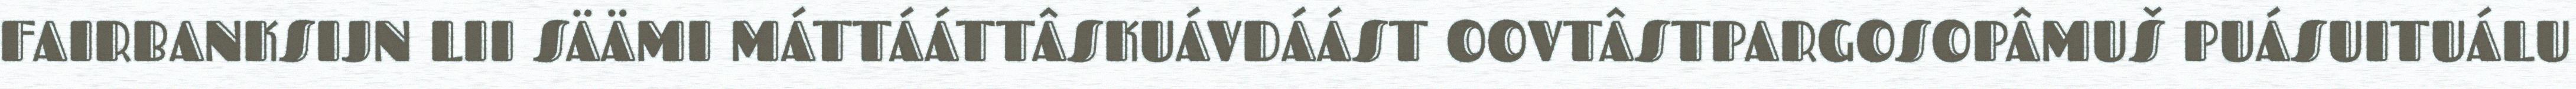
FAIRBANKSIJN LII SÄÄMI MÁTTÁÁTTÂSKUÁVDÁÁST OOVTÂSTPARGOSOPÂMUŠ PUÁSUITUÁLU